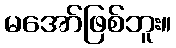
မအော်ဖြစ်ဘူး။